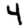
Digit: 4